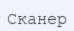
Сканер